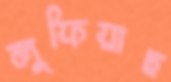
লুফিয়াছ